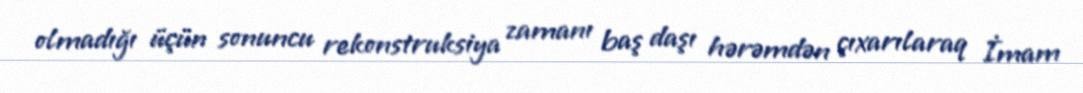
olmadığı üçün sonuncu rekonstruksiya zamanı baş daşı hərəmdən çıxarılaraq İmam